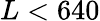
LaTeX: L<640